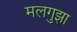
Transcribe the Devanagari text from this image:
मलगुझा